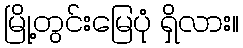
မြို့တွင်းမြေပုံ ရှိလား။